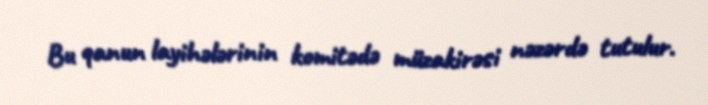
Bu qanun layihələrinin komitədə müzakirəsi nəzərdə tutulur.